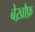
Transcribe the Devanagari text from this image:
बेख़ौफ़